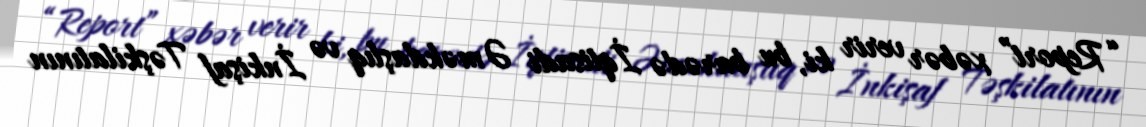
“Report” xəbər verir ki, bu barədə İqtisadi Əməkdaşlıq və İnkişaf Təşkilatının